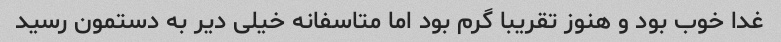
غدا خوب بود و هنوز تقریبا گرم بود اما متاسفانه خیلی دیر به دستمون رسید